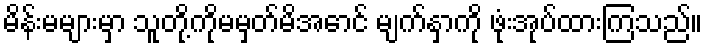
မိန်းမများမှာ သူတို့ကိုမမှတ်မိအောင် မျက်နှာကို ဖုံးအုပ်ထားကြသည်။